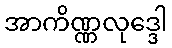
အာကိဏ္ဏလုဒ္ဒေါ